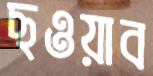
ছওয়াব